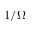
1 / \Omega